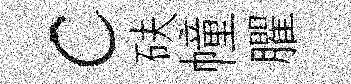
c砆幢臞